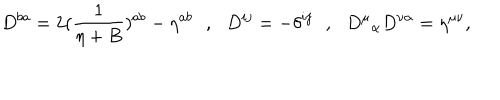
D ^ { b a } = 2 ( { \frac { 1 } { \eta + B } } ) ^ { a b } - \eta ^ { a b } \, \, \, \, , \, \, \, \, D ^ { i j } = - \delta ^ { i j } \, \, \, \, , \, \, \, \, { D ^ { \mu } } _ { \alpha } D ^ { \nu \alpha } = \eta ^ { \mu \nu } ,